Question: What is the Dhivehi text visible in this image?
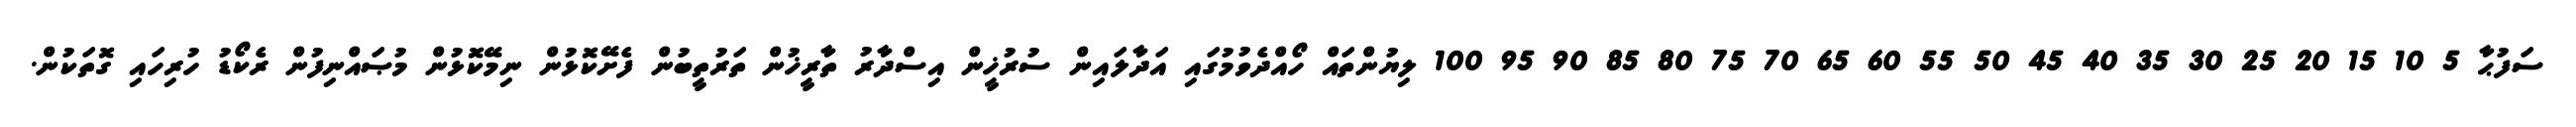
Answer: ސަފުޙާ 5 10 15 20 25 30 35 40 45 50 55 60 65 70 75 80 85 90 95 100 ލިޔުންތައް ހޯއްދެވުމުގައި އަދާލައިން ސުރުޚީން އިސްދާރު ތާރީޚުން ތަރުތީބުން ފެށޭކޮޅުން ނިމޭކޮޅުން މުޞައްނިފުން ރެކޯޑު ހުރިހައި ގޮތަކުން.